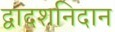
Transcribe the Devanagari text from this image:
द्वादशनिदान